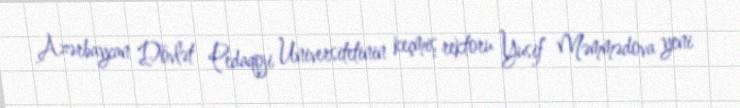
Azərbaycan Dövlət Pedaqoji Universitetinin keçmiş rektoru Yusif Məmmədova yeni